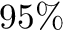
9 5 \%